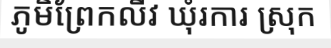
ភូមិព្រែកលីវ ឃុំរការ ស្រុក